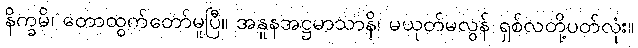
နိက္ခမိ၊ တောထွက်တော်မူပြီ။ အနူနအဋ္ဌမာသာနိ၊ မယုတ်မလွန် ရှစ်လတို့ပတ်လုံး။